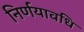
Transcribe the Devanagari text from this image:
निर्णयावधि